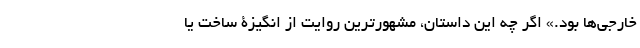
خارجی‌ها بود.» اگر چه این داستان، مشهورترین روایت از انگیزۀ ساخت یا